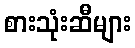
စားသုံးဆီများ